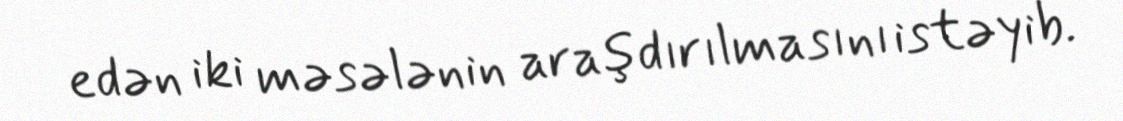
edən iki məsələnin araşdırılmasını istəyib.